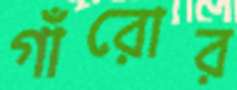
গাঁরোর